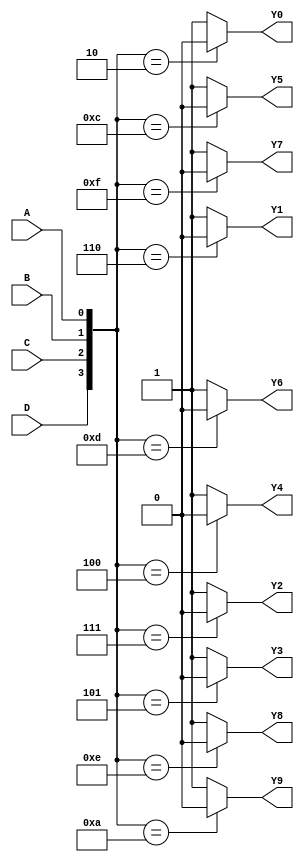
module FOURTO10_2_b(input D , input C , input B , input A , output Y0 , output Y1 , output Y2 , output Y3 , output Y4 , output Y5 , output Y6 , output Y7 , output Y8 , output Y9);
assign Y0 = ({D,C,B,A} == 4'b0010) ? 1'b0 : 1'b1;
assign Y1 = ({D,C,B,A} == 4'b0110) ? 1'b0 : 1'b1;
assign Y2 = ({D,C,B,A} == 4'b0111) ? 1'b0 : 1'b1;
assign Y3 = ({D,C,B,A} == 4'b0101) ? 1'b0 : 1'b1;
assign Y4 = ({D,C,B,A} == 4'b0100) ? 1'b0 : 1'b1;
assign Y5 = ({D,C,B,A} == 4'b1100) ? 1'b0 : 1'b1;
assign Y6 = ({D,C,B,A} == 4'b1101) ? 1'b0 : 1'b1;
assign Y7 = ({D,C,B,A} == 4'b1111) ? 1'b0 : 1'b1;
assign Y8 = ({D,C,B,A} == 4'b1110) ? 1'b0 : 1'b1;
assign Y9 = ({D,C,B,A} == 4'b1010) ? 1'b0 : 1'b1;
endmodule